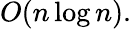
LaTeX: O(n\log n).